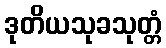
ဒုတိယသုခသုတ္တံ